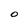
Character: 0